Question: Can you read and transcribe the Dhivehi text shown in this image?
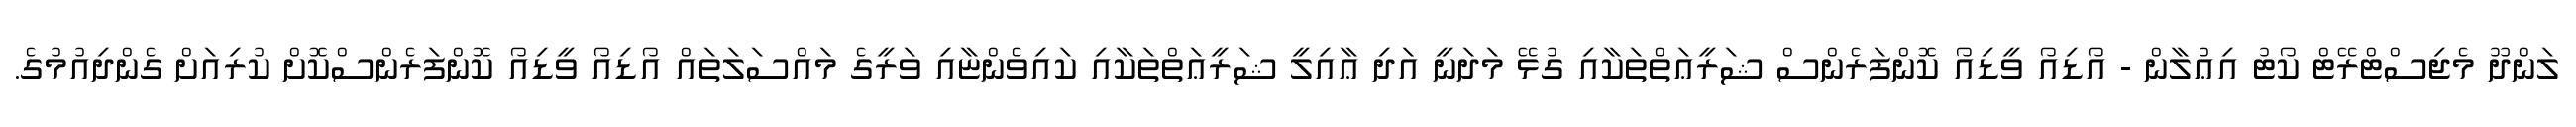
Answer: ލަންދޫ މެޖިސްޓްރޭޓް ކޯޓު އިޢުލާން - އޯޑިއޯ ވީޑިއޯ ކޮންފަރެންސް ޝަރީޢަތްތަކާއި ގުޅޭ މަދަނީ އަދި ޢާއިލީ ޝަރީޢަތްތަކާއި ކައިވެންޏާއި ވަރީގެ މައްސަލަތައް އޯޑިއޯ ވީޑިއޯ ކޮންފަރެންސްކޮށް ކުރިއަށް ގެންދިއުމުގެ.